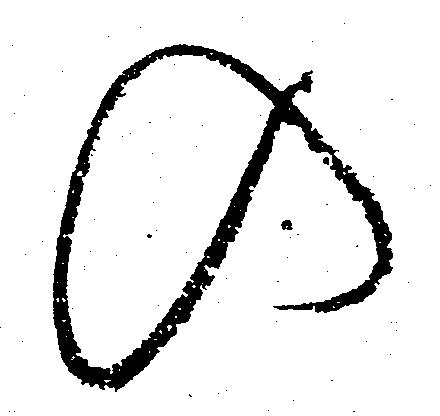
の